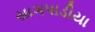
સાગપાડીયા